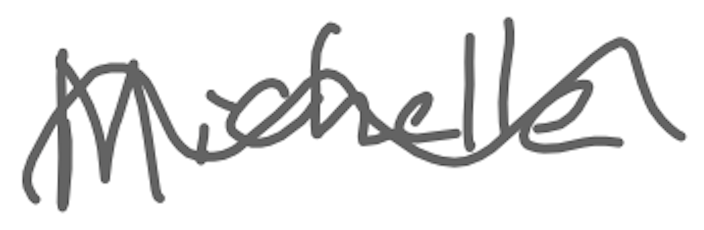
Text: Michelle
Cross-out: wave
Writing tool: digital_gray